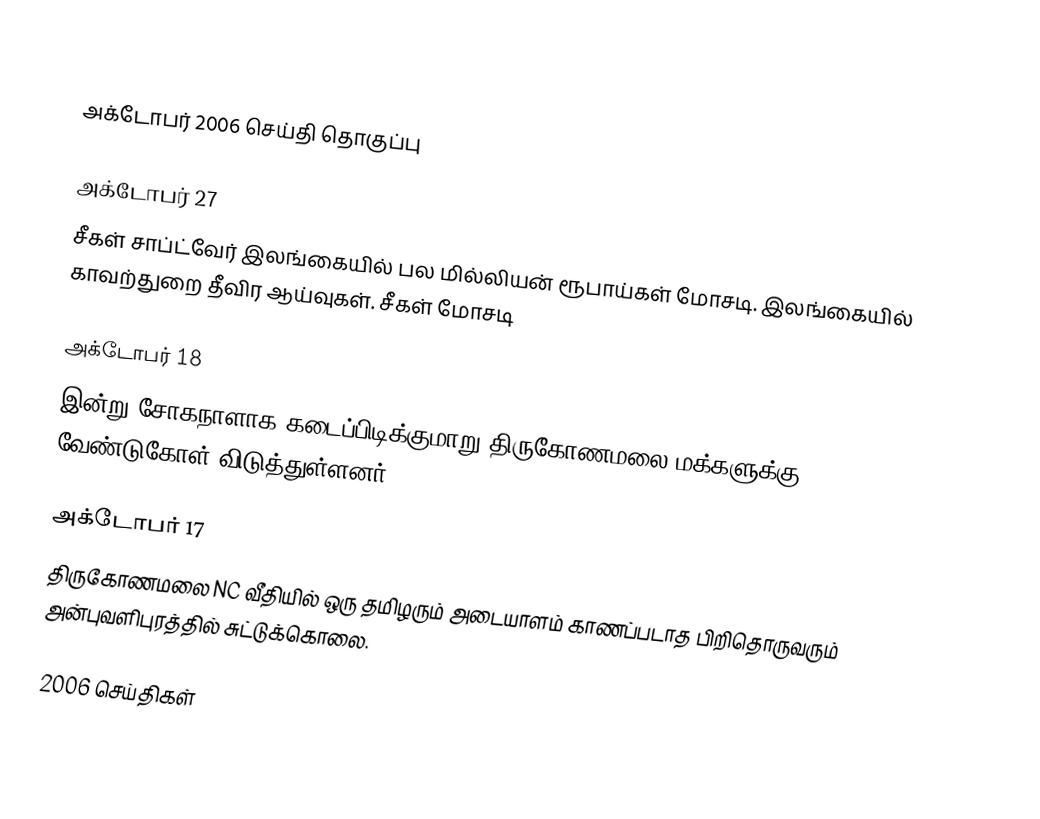

அக்டோபர் 2006 செய்தி தொகுப்பு

அக்டோபர் 27
சீகள் சாப்ட்வேர் இலங்கையில் பல மில்லியன் ரூபாய்கள் மோசடி. இலங்கையில் காவற்துறை தீவிர ஆய்வுகள். சீகள் மோசடி

அக்டோபர் 18
இன்று சோகநாளாக கடைப்பிடிக்குமாறு திருகோணமலை மக்களுக்கு வேண்டுகோள் விடுத்துள்ளனர்.

அக்டோபர் 17
திருகோணமலை NC வீதியில் ஒரு தமிழரும் அடையாளம் காணப்படாத பிறிதொருவரும் அன்புவளிபுரத்தில் சுட்டுக்கொலை.

2006 செய்திகள்